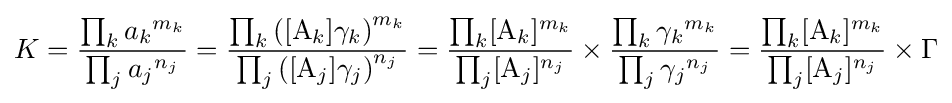
K={\frac {\prod _{k}{a_{k}}^{m_{k}}}{\prod _{j}{a_{j}}^{n_{j}}}}={\frac {\prod _{k}\left([\mathrm {A} _{k}]\gamma _{k}\right)^{m_{k}}}{\prod _{j}\left([\mathrm {A} _{j}]\gamma _{j}\right)^{n_{j}}}}={\frac {\prod _{k}[\mathrm {A} _{k}]^{m_{k}}}{\prod _{j}[\mathrm {A} _{j}]^{n_{j}}}}\times {\frac {\prod _{k}{\gamma _{k}}^{m_{k}}}{\prod _{j}{\gamma _{j}}^{n_{j}}}}={\frac {\prod _{k}[\mathrm {A} _{k}]^{m_{k}}}{\prod _{j}[\mathrm {A} _{j}]^{n_{j}}}}\times \Gamma